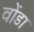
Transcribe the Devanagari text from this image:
वोंडा